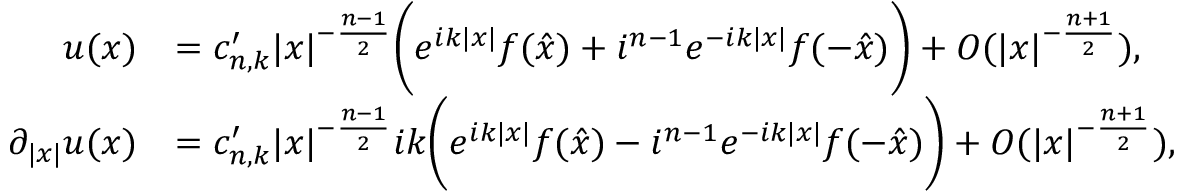
\begin{array} { r l } { u ( x ) } & { = c _ { n , k } ^ { \prime } | x | ^ { - \frac { n - 1 } { 2 } } \bigg ( e ^ { i k | x | } f ( \hat { x } ) + i ^ { n - 1 } e ^ { - i k | x | } f ( - \hat { x } ) \bigg ) + O ( | x | ^ { - \frac { n + 1 } { 2 } } ) , } \\ { \partial _ { | x | } u ( x ) } & { = c _ { n , k } ^ { \prime } | x | ^ { - \frac { n - 1 } { 2 } } i k \bigg ( e ^ { i k | x | } f ( \hat { x } ) - i ^ { n - 1 } e ^ { - i k | x | } f ( - \hat { x } ) \bigg ) + O ( | x | ^ { - \frac { n + 1 } { 2 } } ) , } \end{array}